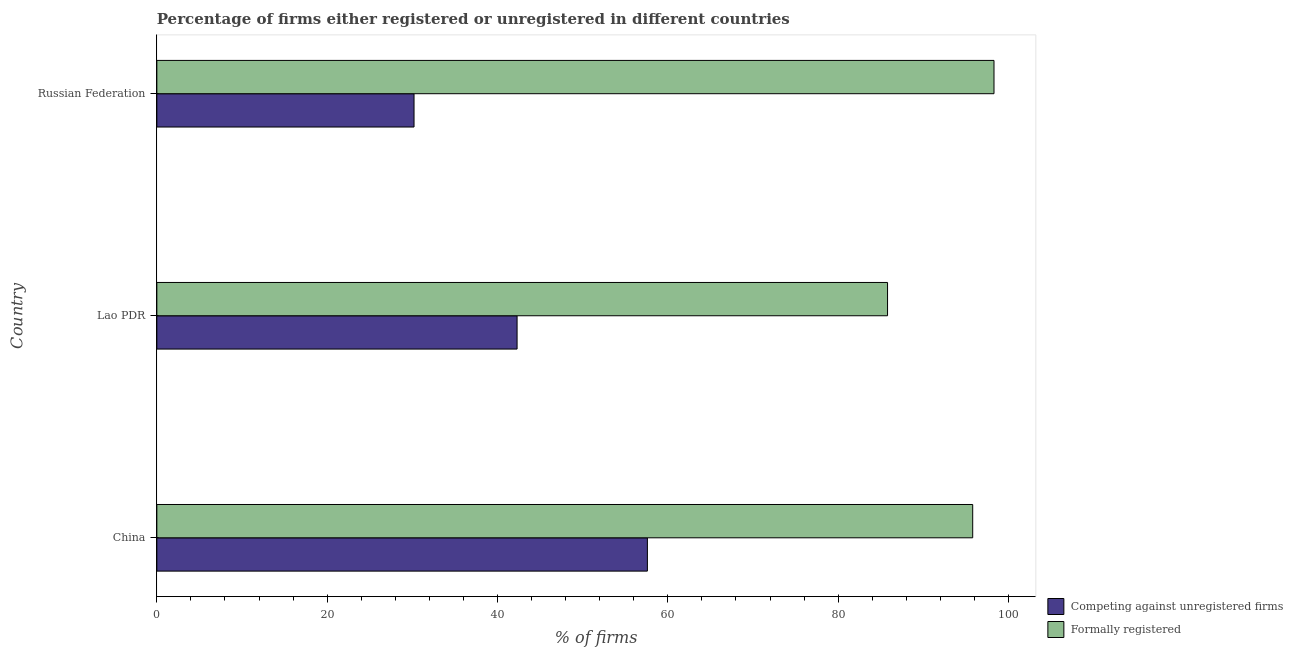
| Country | Competing against unregistered firms | Formally registered |
 | --- | --- | --- |
 | China | 57.6 | 95.8 |
 | Lao PDR | 42.3 | 85.8 |
 | Russian Federation | 30.2 | 98.3 |